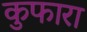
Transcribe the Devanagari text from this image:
कुफारा